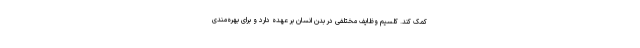
کمک کند. کلسیم وظایف مختلفی در بدن انسان بر عهده دارد و برای بهره‌مندی